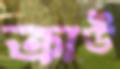
ক্রাউ